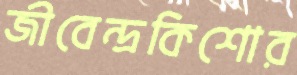
জীবেন্দ্রকিশোর